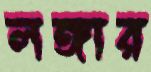
লঙ্গার